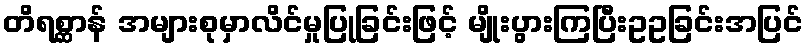
တိရစ္ဆာန် အများစုမှာလိင်မှုပြုခြင်းဖြင့် မျိုးပွားကြပြီးဥဥခြင်းအပြင်